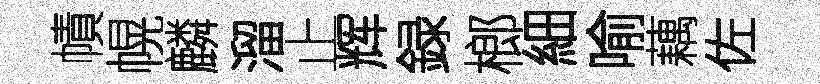
幘幌麟溜止辉録榔細喻藕佐